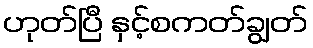
ဟုတ်ပြီ နှင့်စကတ်ချွတ်